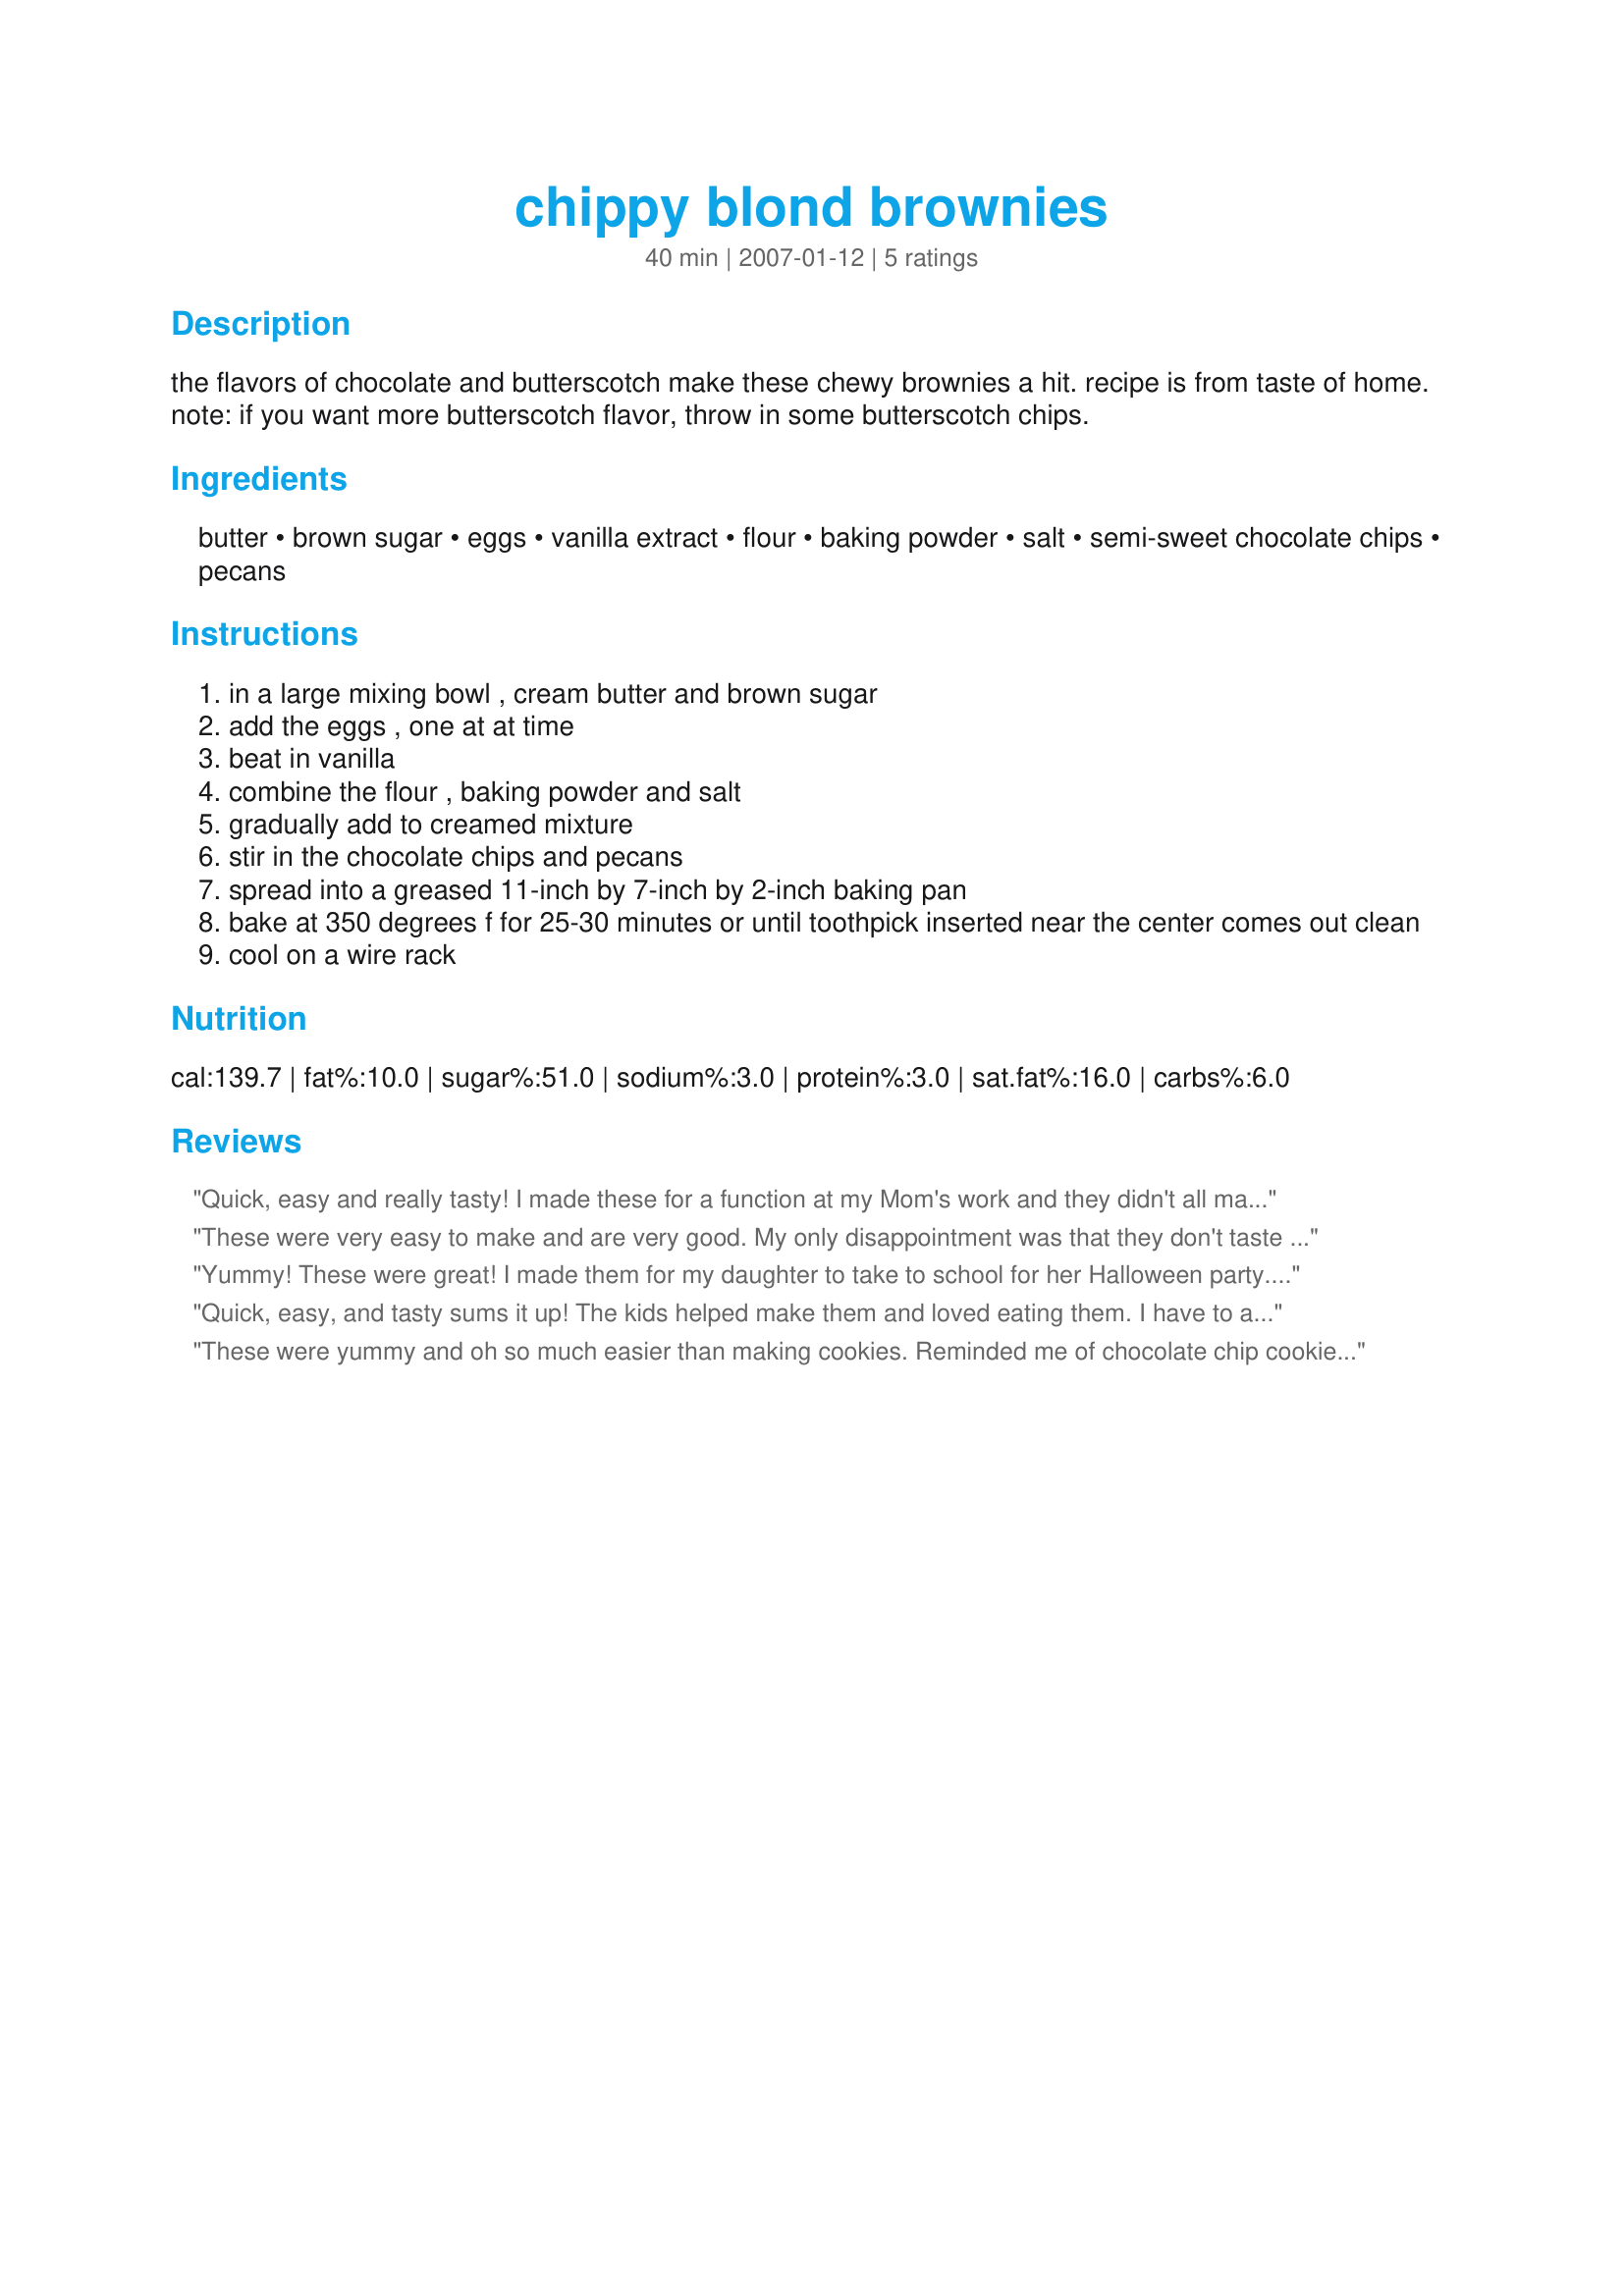
chippy blond brownies
Preparation time: 40 minutes

the flavors of chocolate and butterscotch make these chewy brownies a hit. recipe is from taste of home. note: if you want more butterscotch flavor, throw in some butterscotch chips.

Ingredients:
butter, brown sugar, eggs, vanilla extract, flour, baking powder, salt, semi-sweet chocolate chips, pecans

Steps:
in a large mixing bowl , cream butter and brown sugar
add the eggs , one at at time
beat in vanilla
combine the flour , baking powder and salt
gradually add to creamed mixture
stir in the chocolate chips and pecans
spread into a greased 11-inch by 7-inch by 2-inch baking pan
bake at 350 degrees f for 25-30 minutes or until toothpick inserted near the center comes out clean
cool on a wire rack

Reviews:
Quick, easy and really tasty! I made these for a function at my Mom's work and they didn't all make it out the door!! ;)
These were very easy to make and are very good. My only disappointment was that they don't taste very butterscotchy to me. They taste like chocolate chip bar cookies. They are soft and sweet and yummy. Thanks for the recipe. Made for Zaar Tag.
Yummy! These were great! I made them for my daughter to take to school for her Halloween party. She was careful to take a vote and all the kids in her class voted them 5 stars! I got just a bite of hers and they tasted like the best thick, soft chocolate chipe cookies. I also thought they were an absolute breeze to make. Thanks, Lainey for a really easy, great tasting recipe.
Quick, easy, and tasty sums it up! The kids helped make them and loved eating them. I have to agree w/ Engrossed that they were more like chocolate chip bar cookies than blondies, but that didn't detract from our enjoyement of them. I left out the nuts due to allergies and baked them the full 30 minutes.
These were yummy and oh so much easier than making cookies. Reminded me of chocolate chip cookie bars which are one of my favorites. Thanks for posting this Lainey! Made for Gimme 5 Tag.
